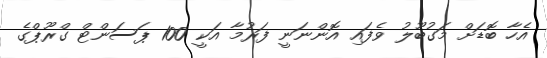
އެހާ ބޮޑަށް މަގުބޫލު ވެފައި އޮންނަނީ ފަރުމާ އަކީ 100 ޕަސަންޓް ގްރޫޕްގެ